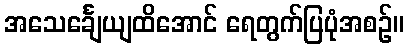
အသေင်္ချေယျထိအောင် ရေတွက်ပြပုံအစဉ်။